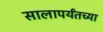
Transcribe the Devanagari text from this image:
सालापर्यंतच्या